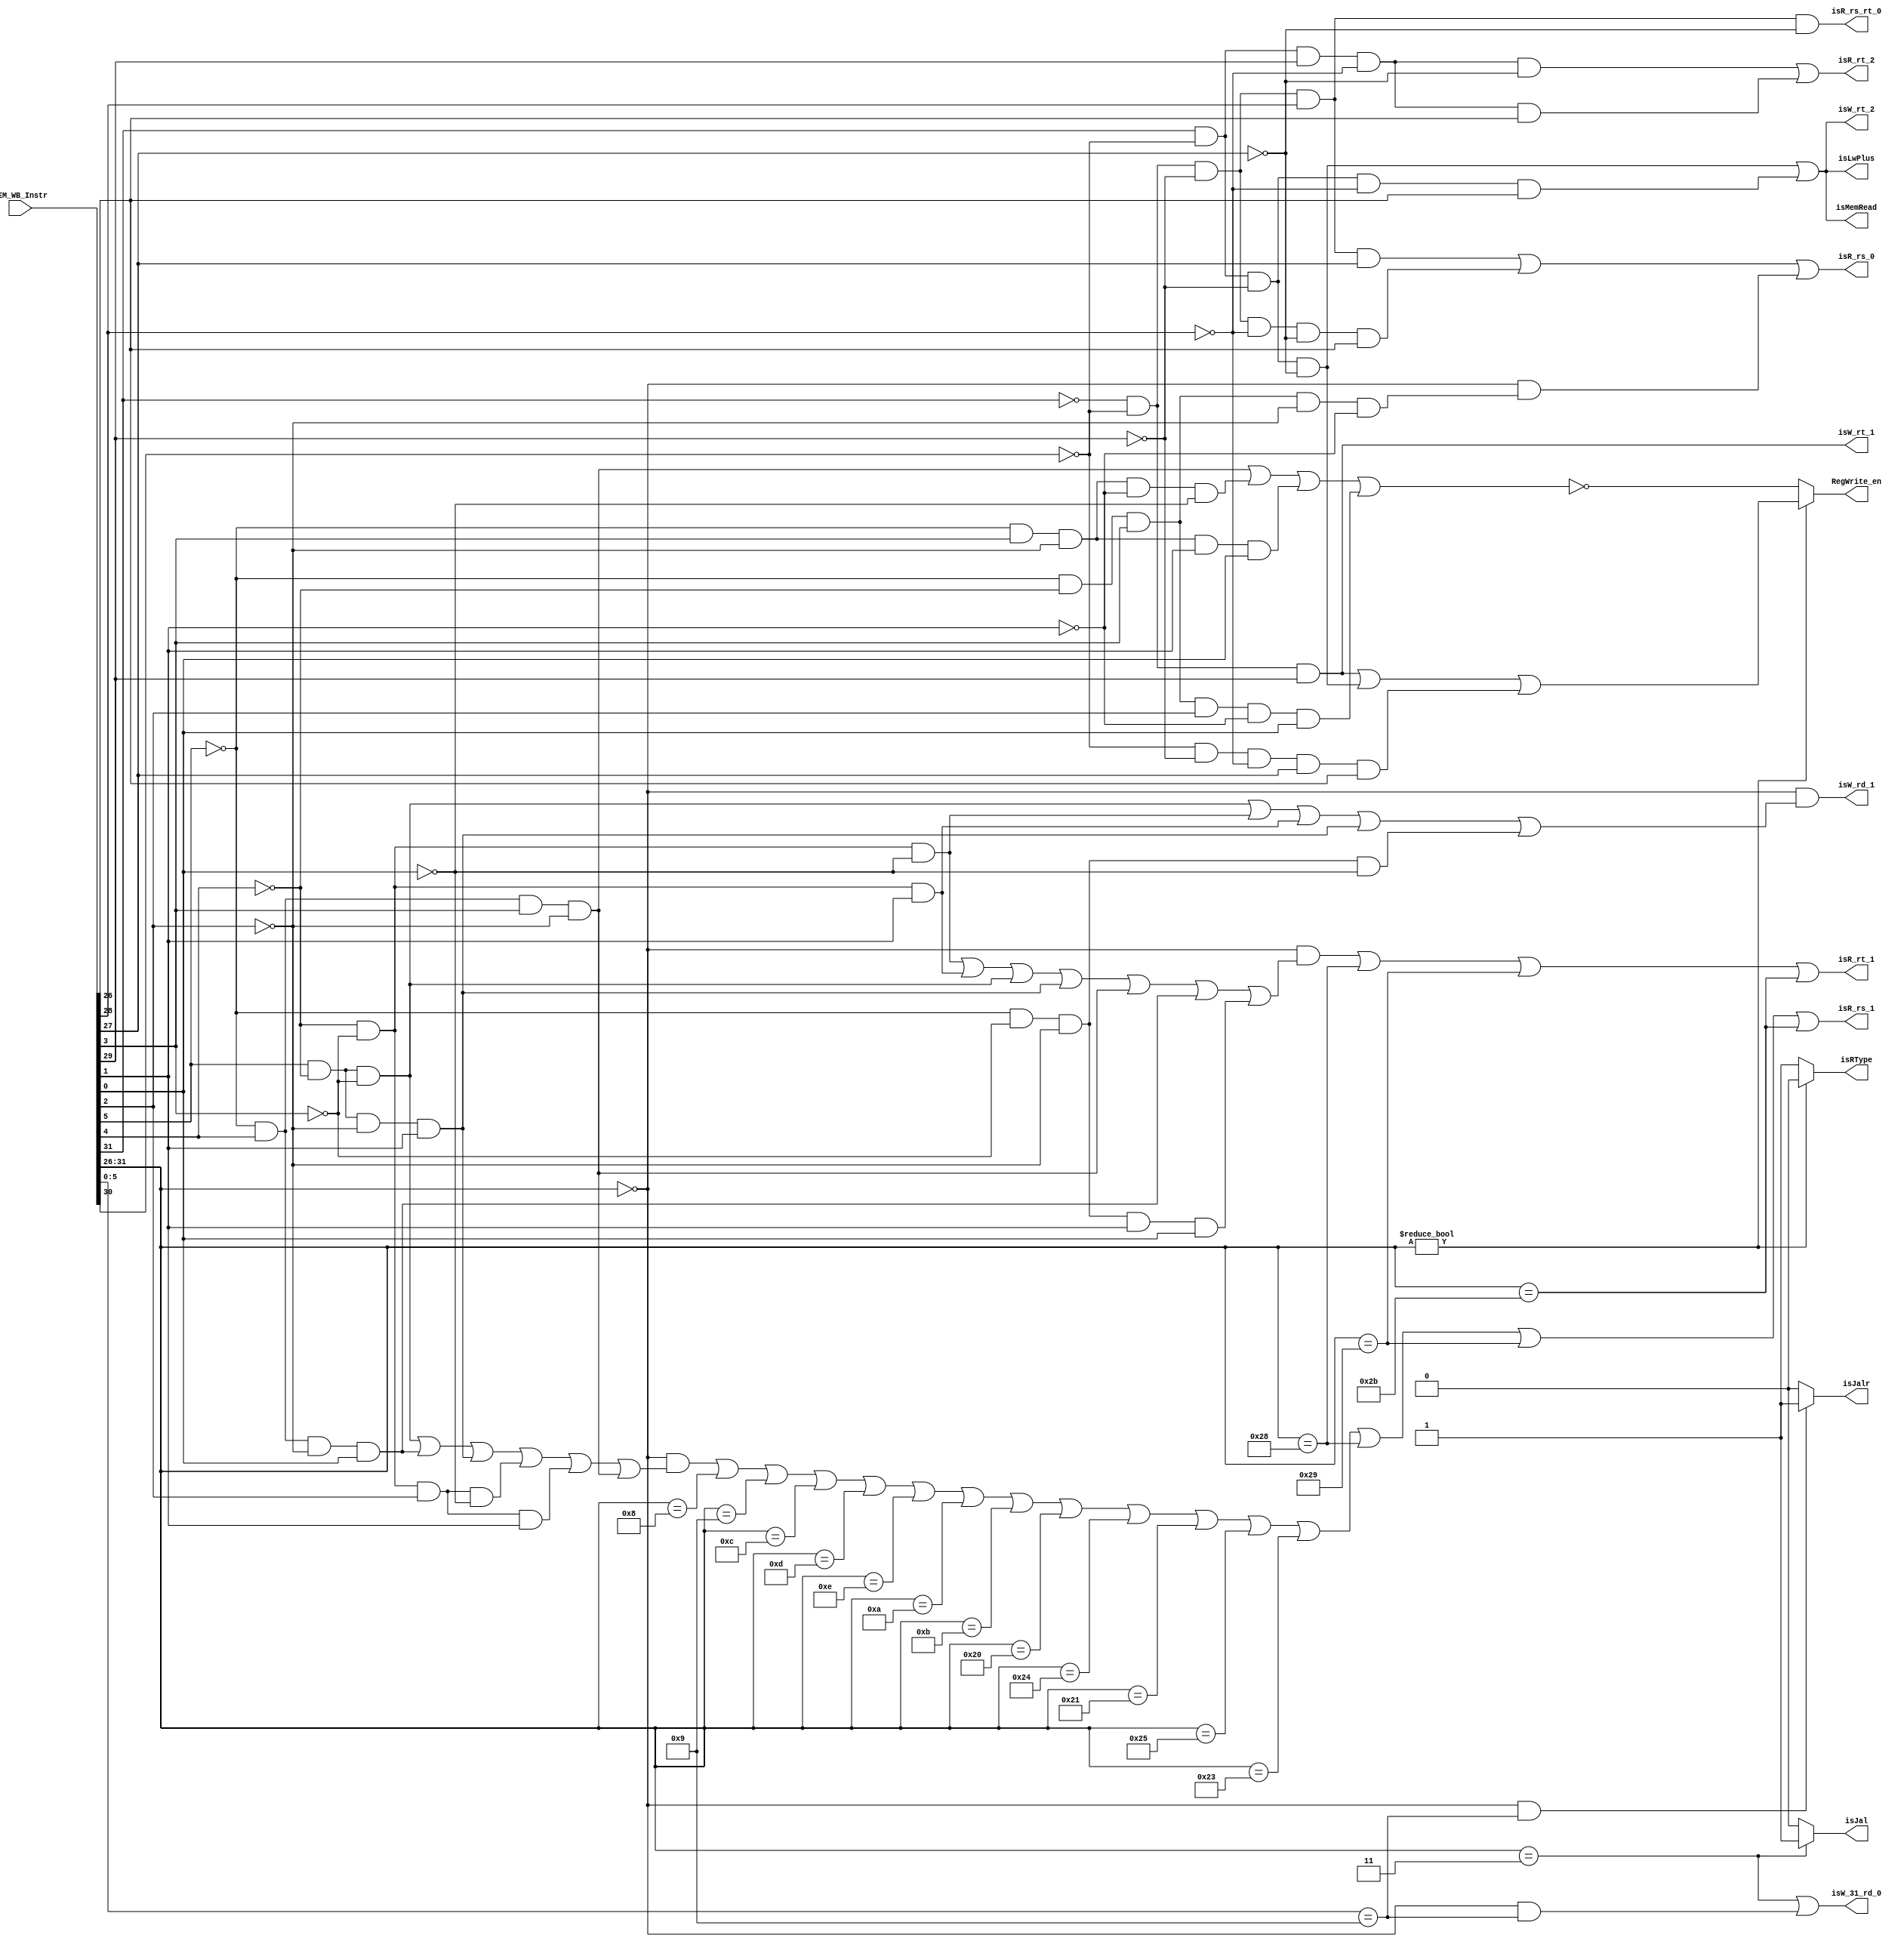
module WB_Control(MEM_WB_Instr,isJal,isRType,isJalr,RegWrite_en,isLwPlus,isMemRead,
          isW_rd_1,isW_rt_1,isW_rt_2,isW_31_rd_0,
          isR_rs_1,isR_rt_1,isR_rt_2,isR_rs_rt_0,isR_rs_0);
  input[31:0] MEM_WB_Instr;
  output isJal;
  output isRType;
  output isJalr;
  output RegWrite_en;
  
  output isLwPlus;
  
  output isMemRead;
  
  output isW_rd_1;
  output isW_rt_1;
  output isW_rt_2;
  output isW_31_rd_0;
  
  output isR_rs_1;
  output isR_rt_1;
  output isR_rt_2;
  output isR_rs_rt_0;
  output isR_rs_0;
  
  wire[5:0] op;
  wire[5:0] f; 
  
  wire isR_rs_1_;
  
  assign op=MEM_WB_Instr[31:26];
  assign f=MEM_WB_Instr[5:0];
      
  assign isJal=(MEM_WB_Instr[31:26]==6'b000011)?1:0;
  assign isRType=MEM_WB_Instr[31:26]?0:1;
  assign isJalr=(!MEM_WB_Instr[31:26]&&MEM_WB_Instr[5:0]==6'b001001)?1:0;


  assign RegWrite_en=op?
          ((!op[5]&!op[4]&op[3])|
           (op[5]&!op[4]&!op[3]&!op[1])|
           (!op[4]&!op[3]&!op[2]&op[1]&op[0])):
          (!((!f[5]&f[4]&f[3]&!f[2])|
           (!f[5]&f[3]&!f[2]&!f[1]&!f[0])|
           (!f[5]&f[3]&!f[2]&f[1]&f[0])|
           (!f[5]&!f[4]&f[3]&f[2]&!f[1]&f[0])));
  
  assign isLwPlus=(op[5]&!op[4]&!op[3]&!op[1])|
                (op[5]&!op[4]&!op[3]&!op[2]&op[0]);
  
  assign isMemRead=(op[5]&!op[4]&!op[3]&!op[1])|
                    (op[5]&!op[4]&!op[3]&!op[2]&op[0]);
  
  
  assign isW_rd_1=!op&(
            (f[5]&!f[4]&!f[3])|
            (!f[4]&!f[3]&!f[0])|
            (!f[4]&!f[3]&f[1])|
            (f[5]&!f[4]&!f[2]&f[1])|
            (!f[5]&!f[3]&!f[2]&!f[0])
            );//          
            
  assign isW_rt_1=!op[5]&!op[4]&op[3];
  assign isW_rt_2=(op[5]&!op[4]&!op[3]&!op[1])|
                  (op[5]&!op[4]&!op[3]&!op[2]&op[0]);
  assign isW_31_rd_0=(op==3)|((op==0)&(f==9));
//
   assign isR_rs_1=((!op)&
                     ((f[5]&!f[4]&!f[3])|
                      (!f[5]&f[4]&!f[2]&f[0])|
                      (f[5]&!f[4]&!f[2]&f[1])|
                      (!f[4]&!f[3]&f[2]&!f[0])|
                      (!f[4]&!f[3]&f[2]&f[1])|
                      (!f[5]&f[4]&f[3]&!f[2])))|
                      (op==8)|(op==9)|(op==12)|
                      (op==13)|(op==14)|(op==10)|
                      (op==11)|(op==32)|(op==36)|
                      (op==33)|(op==37)|(op==35)|
                      (op==40)|(op==41)|(op==43);
                    
                      
                  
    assign isR_rs_1_=(!op[5]&!op[4]&op[3]&!op[1])|
                     (!op[5]&!op[4]&op[3]&!op[2])|
                     (!op[5]&!op[4]&op[3]&!op[0])|
                     (op[5]&!op[4]&!op[3]&!op[1])|
                     (op[5]&!op[4]&!op[3]&!op[2]&op[0]);            
 //   assign isR_rt_1=((!op)&((!f[5]&!f[4]&!f[3]&!f[2]&!f[0])|
   //                        (!f[5]&!f[4]&!f[3]&!f[2]&f[1])))|(isR_rs_1&!isR_rs_1_);
    assign isR_rt_1=(!op)&((!f[4]&!f[3]&!f[0])|
                           (!f[4]&!f[3]&f[1])|
                           (f[5]&!f[4]&!f[3])|
                           (f[5]&!f[4]&!f[2]&f[1])|
                           (!f[5]&f[4]&f[3]&!f[2])|
                           (!f[5]&f[4]&!f[2]&f[0])|
                           (!f[5]&!f[3]&!f[2]&f[1]&f[0]))
                           |(op==40)|(op==41)|(op==43);
                           //
                           
    assign isR_rt_2=(op[5]&!op[4]&op[3]&!op[2]&!op[1])|
                    (op[5]&!op[4]&op[3]&!op[2]&op[0]);
    assign isR_rs_rt_0=!op[5]&!op[4]&!op[3]&op[2]&!op[1];
    assign isR_rs_0=((!op[5]&!op[4]&!op[3]&op[2]&op[1])|
                    (!op[5]&!op[4]&!op[3]&!op[2]&!op[1]&op[0]))
                   |(!op&(!f[5]&!f[4]&f[3]&!f[2]&!f[1]));
  
  
endmodule